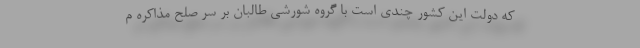
که دولت این کشور چندی است با گروه شورشی طالبان بر سر صلح مذاکره م